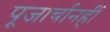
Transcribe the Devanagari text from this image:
पूजार्चानहीं